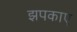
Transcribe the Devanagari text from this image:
झपकाए